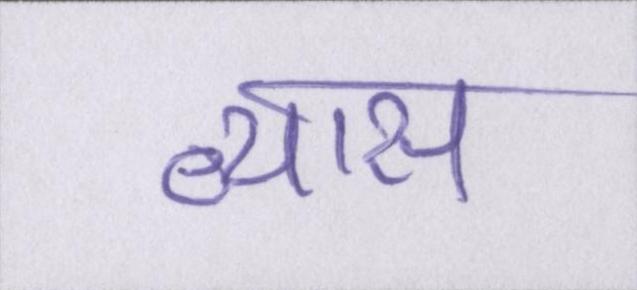
व्यास